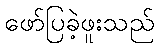
ဖော်ပြခဲ့ဖူးသည်